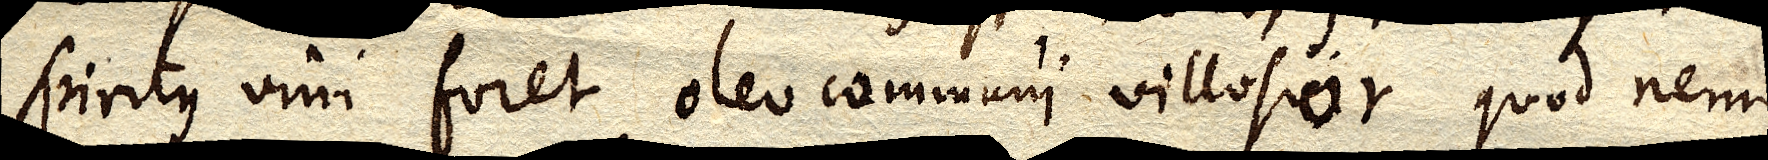
spiritus vini foret oleo communi villosior quod nemo